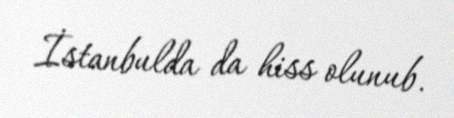
İstanbulda da hiss olunub.